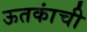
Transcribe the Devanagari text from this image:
ऊतकांची